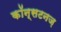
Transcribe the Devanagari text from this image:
कॉन्सटनज़